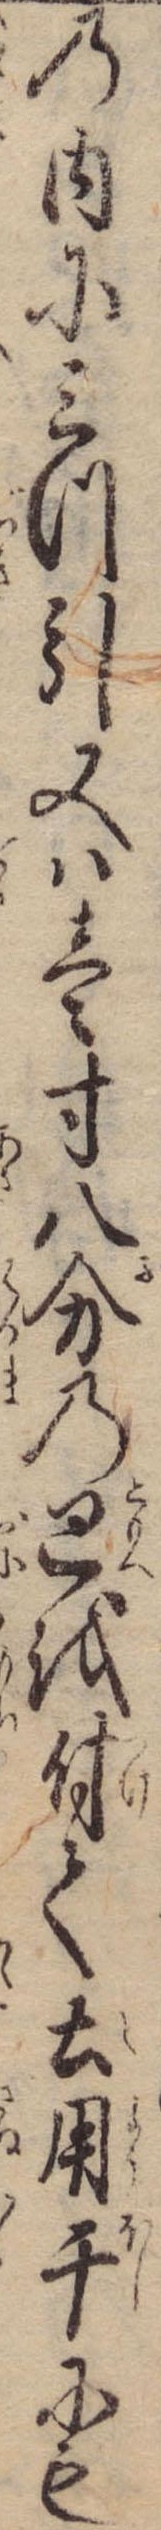
の内に三つ引又は壱寸八分の巴を付て土用干にも